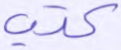
كتب